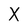
Character: X